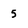
Character: 5